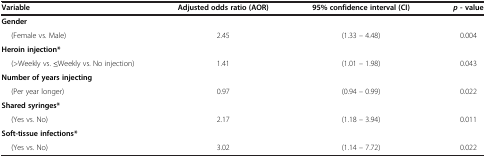
<table><thead><tr><td><b>Variable</b></td><td><b>Adjusted odds ratio (AOR)</b></td><td><b>95% confidence interval (CI)</b></td><td><b><i>p </i>- value</b></td></tr></thead><tbody><tr><td><b>Gender</b></td><td> </td><td> </td><td> </td></tr><tr><td>(Female vs. Male)</td><td>2.45</td><td>(1.33 – 4.48)</td><td>0.004</td></tr><tr><td><b>Heroin injection*</b></td><td> </td><td> </td><td> </td></tr><tr><td>(&gt;Weekly vs. <b>≤</b>Weekly vs. No injection)</td><td>1.41</td><td>(1.01 – 1.98)</td><td>0.043</td></tr><tr><td><b>Number of years injecting</b></td><td> </td><td> </td><td> </td></tr><tr><td>(Per year longer)</td><td>0.97</td><td>(0.94 – 0.99)</td><td>0.022</td></tr><tr><td><b>Shared syringes*</b></td><td> </td><td> </td><td> </td></tr><tr><td>(Yes vs. No)</td><td>2.17</td><td>(1.18 – 3.94)</td><td>0.011</td></tr><tr><td><b>Soft-tissue infections*</b></td><td> </td><td> </td><td> </td></tr><tr><td>(Yes vs. No)</td><td>3.02</td><td>(1.14 – 7.72)</td><td>0.022</td></tr></tbody></table>